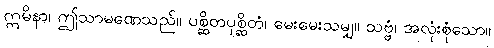
ဣမိနာ၊ ဤသာမဏေသည်။ ပစ္ဆိတပုစ္ဆိတံ၊ မေးမေးသမျှ။ သဗ္ဗံ၊ အလုံးစုံသော။